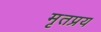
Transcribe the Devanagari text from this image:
मृतप्रय